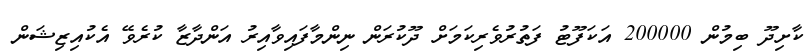
ކާށިދޫ ބިމުން 200000 އަކަފޫޓު ފަތުރުވެރިކަމަށް ދޫކުރަން ނިންމާފައިވާއިރު އަންދާޒާ ކުރެވޭ އެކުއިޒިޝަން